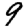
Digit: 9